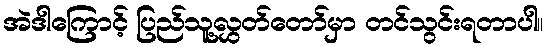
အဲဒါကြောင့် ပြည်သူ့လွှတ်တော်မှာ တင်သွင်းရတာပါ။